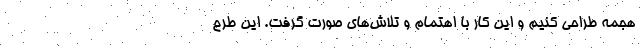
هجمه طراحی کنیم و این کار با اهتمام و تلاش‌های صورت گرفت. این طرح